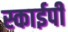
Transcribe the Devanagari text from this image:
स्काईपी